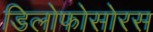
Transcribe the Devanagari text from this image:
डिलोफोसोरस